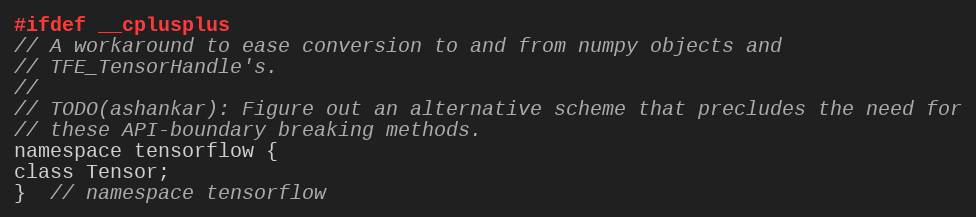
Language: C
#ifdef __cplusplus
// A workaround to ease conversion to and from numpy objects and
// TFE_TensorHandle's.
//
// TODO(ashankar): Figure out an alternative scheme that precludes the need for
// these API-boundary breaking methods.
namespace tensorflow {
class Tensor;
}  // namespace tensorflow